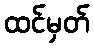
ထင်မှတ်